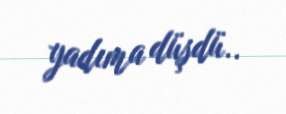
yadıma düşdü..